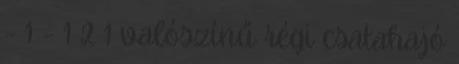
- 1 - 1 2 1 valószínű régi csatahajó